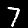
Digit: 7